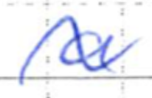
Text: a
Cross-out: wave
Writing tool: ballpoint